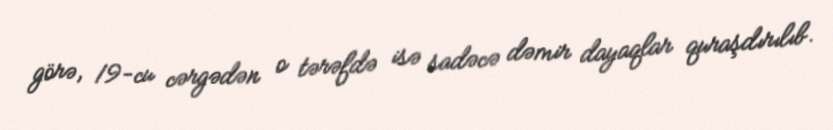
görə, 19-cu cərgədən o tərəfdə isə sadəcə dəmir dayaqlar quraşdırılıb.